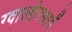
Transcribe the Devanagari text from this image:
ग्वाल्हेरमार्गे